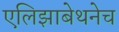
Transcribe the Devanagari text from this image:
एलिझाबेथनेच